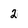
Character: 2